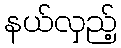
နယ်လှည့်